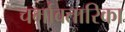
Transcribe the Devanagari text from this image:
चर्मावतारिका